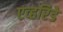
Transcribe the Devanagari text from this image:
एव्हरिडे